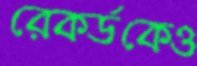
রেকর্ডকেও